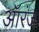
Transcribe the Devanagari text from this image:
ऑरंज